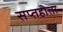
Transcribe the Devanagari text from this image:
सप्तहोता